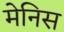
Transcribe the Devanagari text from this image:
मेनिस